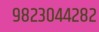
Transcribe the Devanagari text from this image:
९८२३०४४२८२